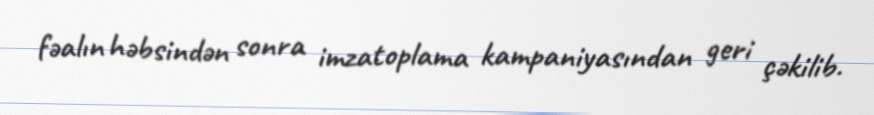
fəalın həbsindən sonra imzatoplama kampaniyasından geri çəkilib.